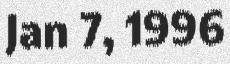
Jan 7, 1996